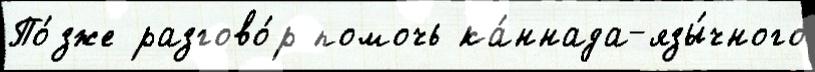
По́зже разгово́р помочь ка́ннада-язы́чного